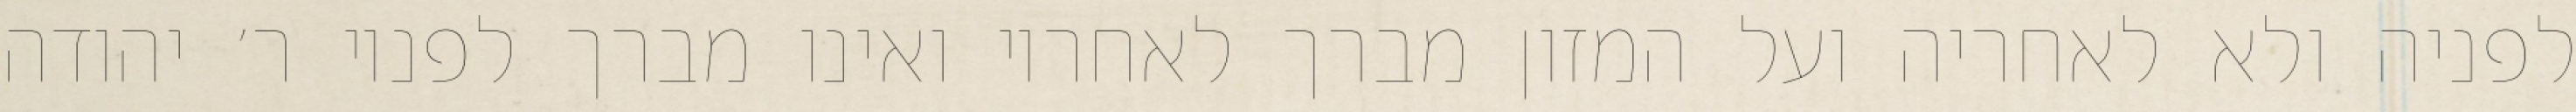
לפניה ולא לאחריה ועל המזון מברך לאחריו ואינו מברך לפניו ר׳ יהודה